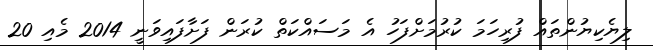
ލިޔެކިޔުންތައް ފުރިހަމަ ކުރުމަށްފަހު އެ މަސައްކަތް ކުރަން ފަށާފައިވަނީ 2014 މެއި 20